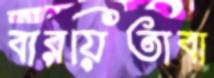
বারয়িতাবা